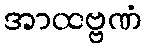
အာထဗ္ဗဏံ